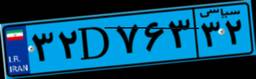
۳۲D۷۶۳۳۲